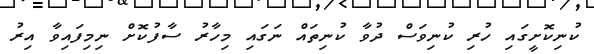
ކުނިކޮށީގައި ހުރި ކުނިވަސް ދުވާ ކުނިތައް ނަގައި މިހާރު ސާފުކޮށް ނިމިފައިވާ އިރު